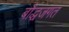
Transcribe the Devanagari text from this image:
बौद्धजगत